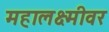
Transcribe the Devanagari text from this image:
महालक्ष्मीवर